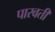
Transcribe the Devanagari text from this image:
पारवती